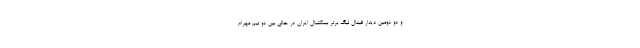
و دو دومین دیدار فینال لیگ برتر بسکتبال ایران در حالی بین دو تیم مهرام